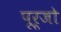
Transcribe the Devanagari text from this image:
पूर्जो